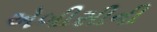
એબીસીની